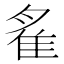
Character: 𨾞